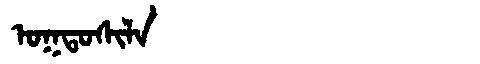
Manchu: ᠣᡴᡨᠣᠰᡳᠯᠠ
Romanization: OKTOSILA